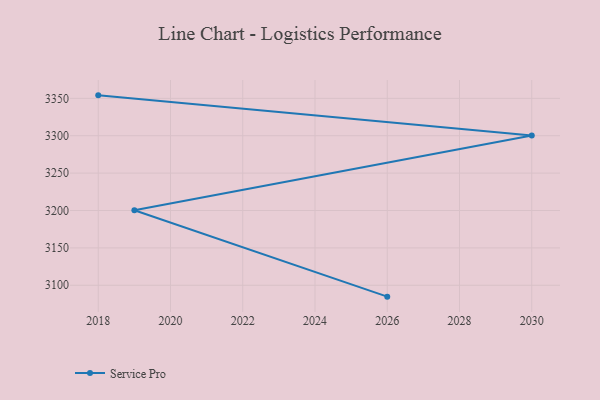
{"axis": {"x": "Year", "y": "Backlog"}, "legend": ["Service Pro"], "data": [{"x": "2018", "y": 3354.0, "type": "Service Pro"}, {"x": "2030", "y": 3300.2, "type": "Service Pro"}, {"x": "2019", "y": 3200.3, "type": "Service Pro"}, {"x": "2026", "y": 3084.8, "type": "Service Pro"}]}